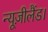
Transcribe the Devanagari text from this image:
न्यूज़ीलैंड।